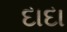
દાદા